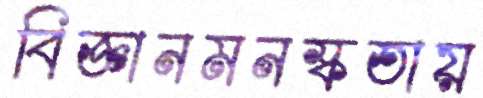
বিজ্ঞানমনস্কতায়